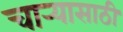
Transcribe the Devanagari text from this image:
चार्‍यासाठी